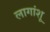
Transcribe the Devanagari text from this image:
लागांशू